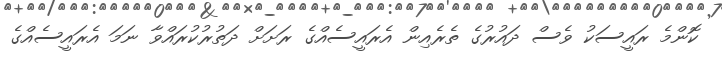
ކޮންމެ ރައީސަކު ވެސް ދައުރުގެ ތެރެއިން އެރައީސެއްގެ ރަށަށް ދަތުރުކުރައްވާ ނަމަ އެރައީސެއްގެ